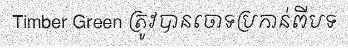
Timber Green ត្រូវបានចោទប្រកាន់ពីបទ